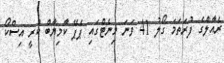
ރެއާލްގެ ފުރަތަމަ ގޯލު 41 ވަނަ މިނެޓްގައި ޕެޕޭ ކާމިޔާބް ކުރީ އިސްކޯ